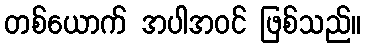
တစ်ယောက် အပါအဝင် ဖြစ်သည်။